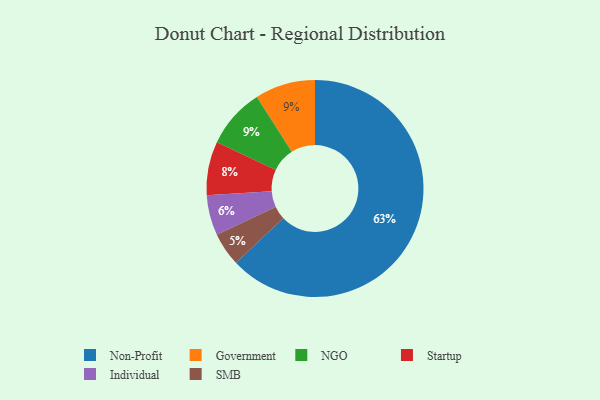
{"axis": {"x": "Category", "y": "Percentage"}, "legend": ["Government", "Individual", "NGO", "Non-Profit", "SMB", "Startup"], "data": [{"x": "Non-Profit", "y": 63, "type": "Non-Profit"}, {"x": "SMB", "y": 5, "type": "SMB"}, {"x": "Individual", "y": 6, "type": "Individual"}, {"x": "Startup", "y": 8, "type": "Startup"}, {"x": "Government", "y": 9, "type": "Government"}, {"x": "NGO", "y": 9, "type": "NGO"}]}